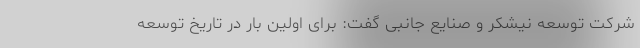
شرکت توسعه نیشکر و صنایع جانبی گفت: برای اولین بار در تاریخ توسعه